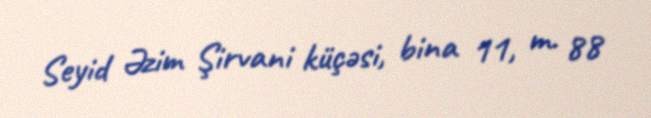
Seyid Əzim Şirvani küçəsi, bina 11, m. 88